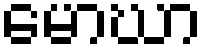
မောဃာ